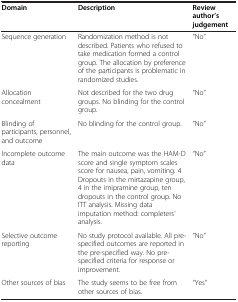
<table><thead><tr><td><b>Domain</b></td><td><b>Description</b></td><td><b>Review author’s judgement</b></td></tr></thead><tbody><tr><td>Sequence generation</td><td>Randomization method is not described. Patients who refused to take medication formed a control group. The allocation by preference of the participants is problematic in randomized studies.</td><td>“No”</td></tr><tr><td>Allocation concealment</td><td>Not described for the two drug groups. No blinding for the control group.</td><td>“No”</td></tr><tr><td>Blinding of participants, personnel, and outcome</td><td>No blinding for the control group.</td><td>“No”</td></tr><tr><td>Incomplete outcome data</td><td>The main outcome was the HAM-D score and single symptom scales score for nausea, pain, vomiting. 4 Dropouts in the mirtazapine group, 4 in the imipramine group, ten dropouts in the control group. No ITT analysis. Missing data imputation method: completers’ analysis.</td><td>“No”</td></tr><tr><td>Selective outcome reporting</td><td>No study protocol available. All pre-specified outcomes are reported in the pre-specified way. No pre-specified criteria for response or improvement.</td><td>“No”</td></tr><tr><td>Other sources of bias</td><td>The study seems to be free from other sources of bias.</td><td>“Yes”</td></tr></tbody></table>